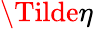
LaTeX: \Tilde{\eta}